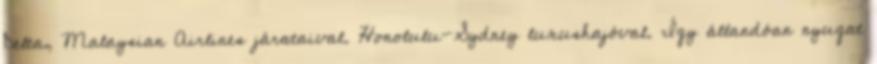
Delta, Malaysian Airlines járataival. Honolulu-Sydney luxushajóval. Így állandóan nyugat